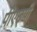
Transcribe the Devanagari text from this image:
पीएछ्पी